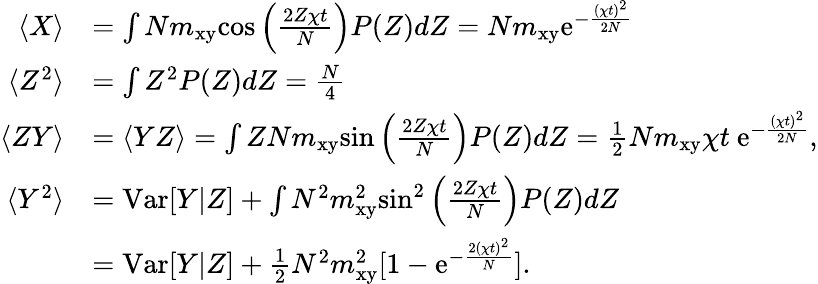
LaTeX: \begin{array}{rl}{\langle X\rangle}&{=\int Nm_{\mathrm{xy}}\mathrm{cos}\left(\frac{2Z\chi t}{N}\right)P(Z)dZ=Nm_{\mathrm{xy}}\mathrm{e}^{-\frac{(\chi t)^{2}}{2N}}}\\ {\langle Z^{2}\rangle}&{=\int Z^{2}P(Z)dZ=\frac{N}{4}}\\ {\langle ZY\rangle}&{=\langle YZ\rangle=\int ZNm_{\mathrm{xy}}\mathrm{sin}\left(\frac{2Z\chi t}{N}\right)P(Z)dZ=\frac{1}{2}Nm_{\mathrm{xy}}\chi t~\mathrm{e}^{-\frac{(\chi t)^{2}}{2N}},}\\ {\langle Y^{2}\rangle}&{=\mathrm{Var}[Y|Z]+\int N^{2}m_{\mathrm{xy}}^{2}\mathrm{sin}^{2}\left(\frac{2Z\chi t}{N}\right)P(Z)dZ}\\ &{=\mathrm{Var}[Y|Z]+\frac{1}{2}N^{2}m_{\mathrm{xy}}^{2}[1-\mathrm{e}^{-\frac{2(\chi t)^{2}}{N}}].}\end{array}